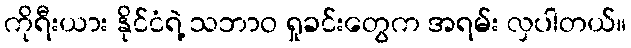
ကိုရီးယား နိုင်ငံရဲ့ သဘာဝ ရှုခင်းတွေက အရမ်း လှပါတယ်။